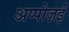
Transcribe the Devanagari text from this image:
अप्पोज़ई